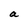
Character: a